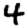
Digit: 4